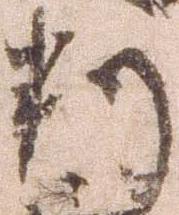
判